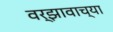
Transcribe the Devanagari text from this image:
वर्झावाच्या